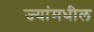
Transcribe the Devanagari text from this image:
ज्यांमधील